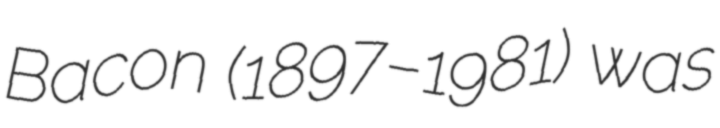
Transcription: Bacon (1897–1981) was